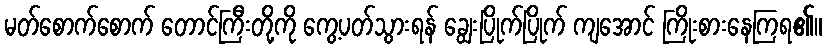
မတ်စောက်စောက် တောင်ကြီးတို့ကို ကွေ့ပတ်သွားရန် ချွေးပြိုက်ပြိုက် ကျအောင် ကြိုးစားနေကြရ၏။